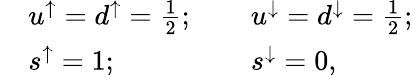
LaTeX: \begin{array}{cllr}{{}}&{{u^{\uparrow}=d^{\uparrow}=\frac{1}{2};~~~~}}&{{u^{\downarrow}=d^{\downarrow}=\frac{1}{2};}}\\ {{}}&{{s^{\uparrow}=1;}}&{{s^{\downarrow}=0,}}\end{array}